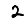
Digit: 2